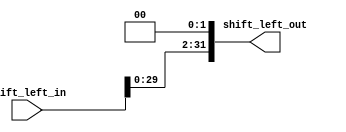
module shift_circuit #(parameter DATA_WIDTH = 32, SHIFT_AMOUNT = 2, SHIFT_DIRECTION = "LEFT" /* "RIGHT" */)
(
	input wire  [DATA_WIDTH-1:0] shift_left_in,
	output wire [DATA_WIDTH-1:0] shift_left_out
);
	
	generate
		if (SHIFT_DIRECTION == "LEFT") begin
			assign shift_left_out = shift_left_in << SHIFT_AMOUNT ;
		end
		else if (SHIFT_DIRECTION == "RIGHT") begin
			assign shift_left_out = shift_left_in >> SHIFT_AMOUNT ;
		end
	endgenerate
	
endmodule